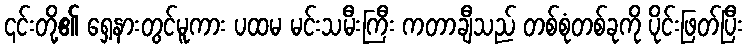
၎င်းတို့၏ ရှေ့နားတွင်မူကား ပထမ မင်းသမီးကြီး ကတာချီသည် တစ်စုံတစ်ခုကို ပိုင်းဖြတ်ပြီး